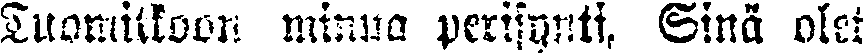
Tuomitkoon minua perisynti, Sinä olet